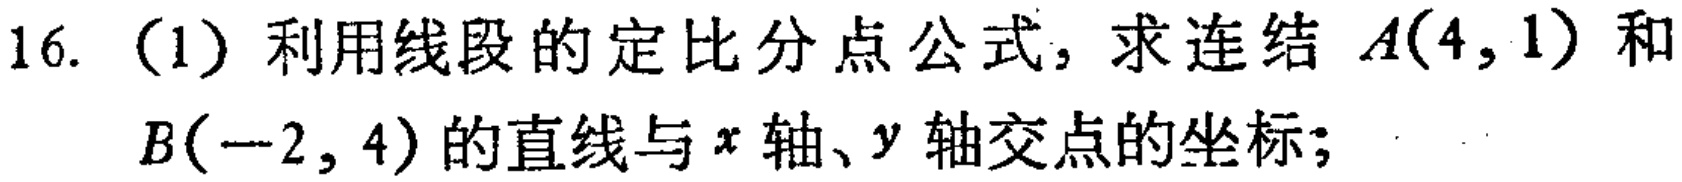
16. (1) 利用线段的定比分点公式，求连结 \(A(4,1)\) 和 \(B(-2,4)\) 的直线与 \(x\) 轴、\(y\) 轴交点的坐标；